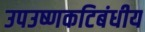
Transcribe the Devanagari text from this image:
उपउष्णकटिबंधीय